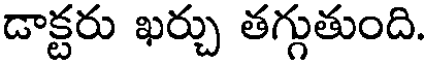
డాక్టరు ఖర్చు తగ్గుతుంది.